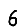
Digit: 6